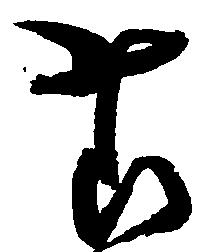
様